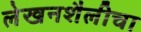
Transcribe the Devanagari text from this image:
लेखनशैलीचा